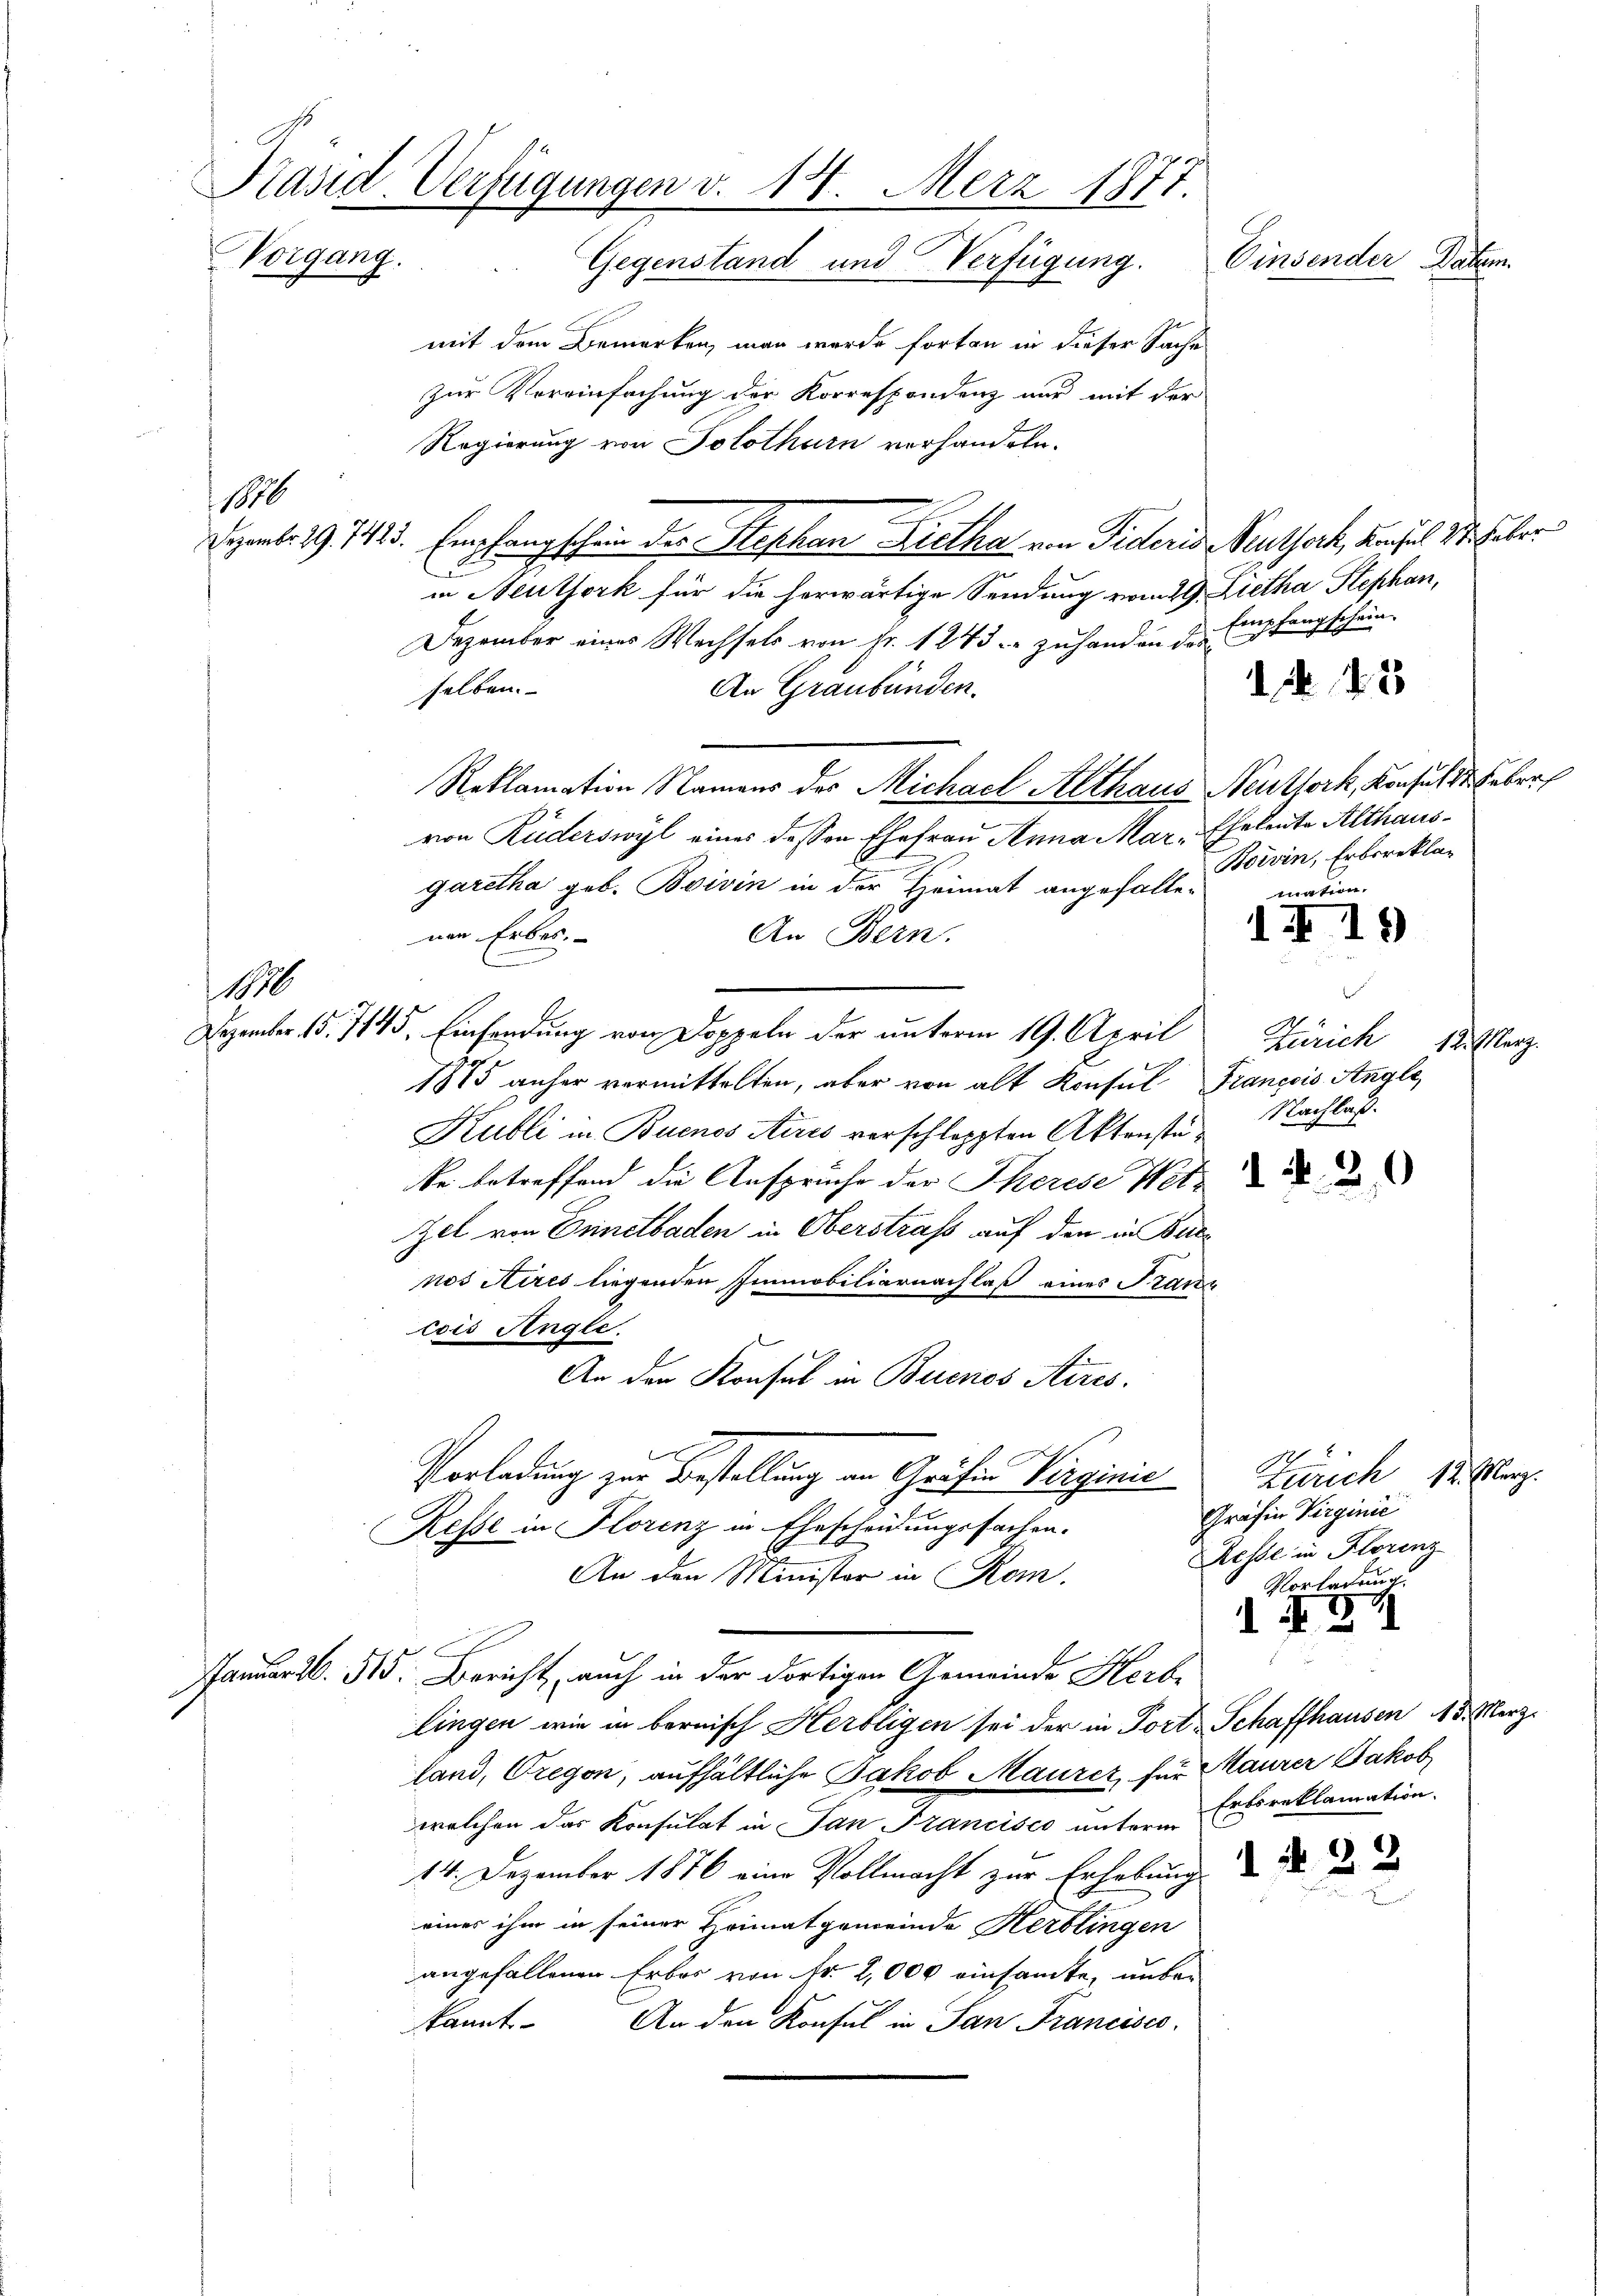
Präsid. Verfügungen v. 18. Merz 1877.
Vorgang.
Einsender Datum.
Gegenstand und Verfügung.

mit dem Bemerken, man wurde fortan in dieser Sache
zur Voreinfachung der Korrespondenz nur mit der
Regierung von Solothurn verhandeln.
Demb. 19. 1443. Empfangschen der Stephan Lietha von Fideris Keulsack, Basel 24. Feber
u
in Neuthork für die herwärtige Sendung vom 29. Lietha Stephan,
Dezember eines Wechsels von Fr. 1243. zuhanden der Empfangschein¬
N 22
selben.
An Graubünden.
Reklamation Namens des Michael Althaus Neuthork, Konsuls Gebr
von Ruderswyl eines dessen Ehefrau Anna Mar. Eheleute Althause
Boivin, Erbsreklag
garetha geb. Boivin in der Heimat angefallemation.
I.19
nen Erbes.
An Bern.
Dezember 15. 7145. Einsendung von Doppeln der unterm 19. April Zürich 12. März.
1875 anher vermittelten, aber von alt Konsul François Angle
Nachlaß.
Kubli in Buenos Aires verschleppten Aktenstuke betreffend die Ansprüche der Therese Wetzi
Zel von Ennetbaden in Oberstraf auf den in Burnos Aires liegenden Immobiliarnachlaß eines Franz
cois Angle.
An den Konsul in Buenos Aires.
Vorladung zur Bestellung an Gräfin Verginie
Zürich 12. März.
Gräfin Virginie
Resse in Florenz in Ehescheidungssachen.
Resse in Florenz
An den Minister in Rom.
Vorladung
ING1
Januar 2. 515. Bericht, auch in der dortigen Gemeinde Herbe
lingen wie in bernisch Herbligen sei der in Port Schaffhausen 13. Merz
land, regen, aufhältliche Jakob Maurez, für Maurer Jakob
Erbsreklamation.
welchen das Konsulat in San Francisco unterer
14. Dezember 1876 eine Vollmacht zur Erhebung
eines ihm in seiner Heimatgemeinde Herblingen
angefallenen Erbar von Fr. 2,000 einsamte, unbe¬
An den Konsul in San Francisco
kannt

1826

10